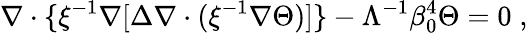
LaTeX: \nabla\cdot\{ \xi^{-1}\nabla[\Delta\nabla\cdot(\xi^{-1}\nabla\Theta)]\} -\Lambda^{-1}\beta_{0}^{4}\Theta=0\; ,